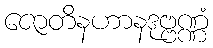
ဇောတိနဟာနဒုဗ္ဗဏ္ဏံ